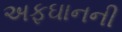
અફઘાનની